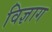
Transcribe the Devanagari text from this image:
विज्ञाग